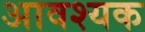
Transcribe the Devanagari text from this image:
अावश्यक